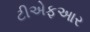
ટીએફઆર